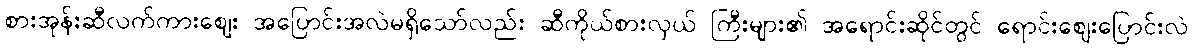
စားအုန်းဆီလက်ကားဈေး အပြောင်းအလဲမရှိသော်လည်း ဆီကိုယ်စားလှယ် ကြီးများ၏ အရောင်းဆိုင်တွင် ရောင်းဈေးပြောင်းလဲ